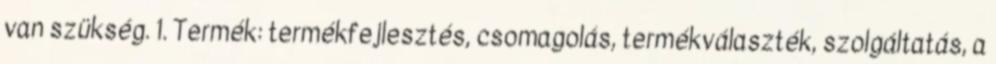
van szükség. 1. Termék: termékfejlesztés, csomagolás, termékválaszték, szolgáltatás, a